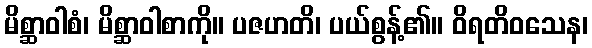
မိစ္ဆာဝါစံ၊ မိစ္ဆာဝါစာကို။ ပဇဟတိ၊ ပယ်စွန့်၏။ ဝိရတိဝသေန၊